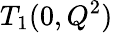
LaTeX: T_{1}(0,Q^{2})